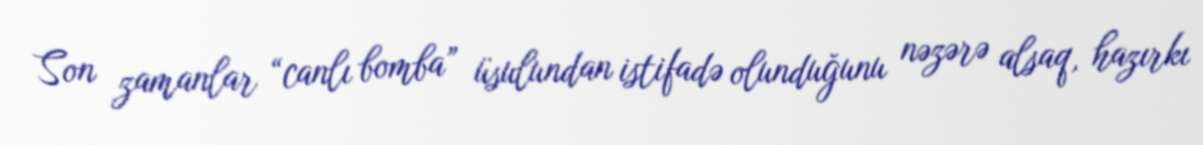
Son zamanlar “canlı bomba” üsulundan istifadə olunduğunu nəzərə alsaq, hazırkı